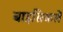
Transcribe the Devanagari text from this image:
बाइसिकलें